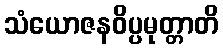
သံယောဇနဝိပ္ပမုတ္တာတိ